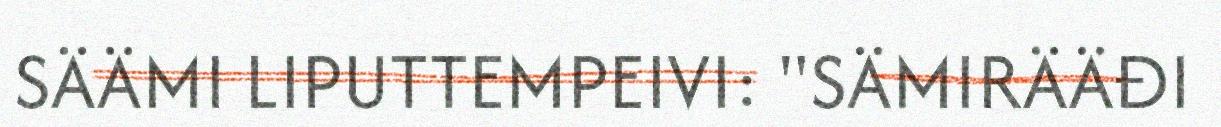
SÄÄMI LIPUTTEMPEIVI: "SÄMIRÄÄĐI